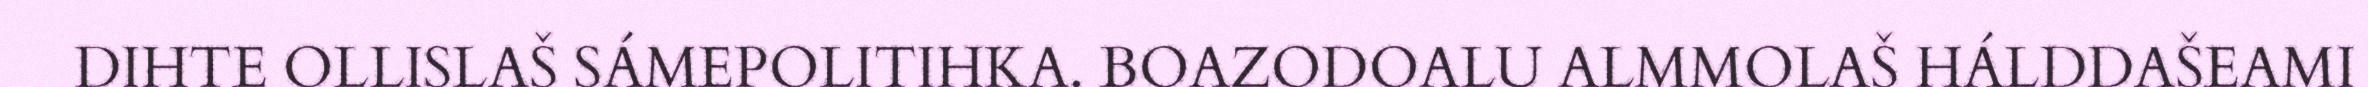
DIHTE OLLISLAŠ SÁMEPOLITIHKA. BOAZODOALU ALMMOLAŠ HÁLDDAŠEAMI